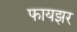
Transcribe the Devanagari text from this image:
फायझर